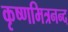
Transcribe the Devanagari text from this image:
कृष्णमित्रनन्द